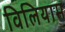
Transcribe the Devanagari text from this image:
विलियाम